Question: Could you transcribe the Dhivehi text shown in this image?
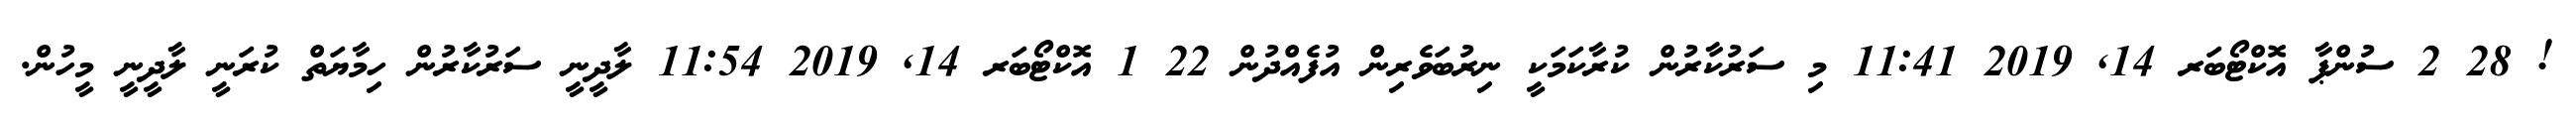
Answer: ! 28 2 ސުންޕާ އޮކްޓޯބަރ 14, 2019 11:41 މި ސަރުކާރުން ކުރާކަމަކީ ނިރުބަވެރިން އުފެއްދުން 22 1 އޮކްޓޯބަރ 14, 2019 11:54 ލާދީނީ ސަރުކާރުން ހިމާޔަތް ކުރަނީ ލާދީނީ މީހުން.